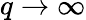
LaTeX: q\to\infty